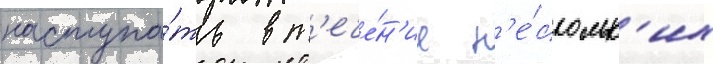
наступа́ть в т'ече́н'ие н'е́скольк'их